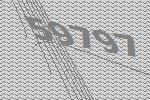
59797